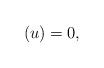
LaTeX: \begin{align*} (u)=0, \end{align*}